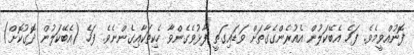
ފޮނުއްވީމެވެ. ފަހެ އެބޭކަލުން އެއުރެންގެގާތަށް ވަޑައިގަތީ ފާޅުވެގެންވާ ހެކިތަކާއިގެންނެވެ. ފަހެ (އެބޭކަލުން ދޮގުކޮށް)